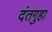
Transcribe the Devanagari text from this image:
दंतगुहा